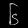
Digit: ၆